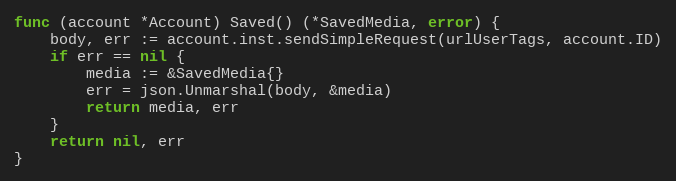
Language: Go
func (account *Account) Saved() (*SavedMedia, error) {
	body, err := account.inst.sendSimpleRequest(urlUserTags, account.ID)
	if err == nil {
		media := &SavedMedia{}
		err = json.Unmarshal(body, &media)
		return media, err
	}
	return nil, err
}